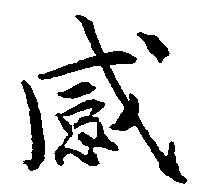
感